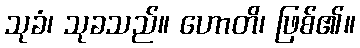
သုခံ၊ သုခသည်။ ဟောတိ၊ ဖြစ်၏။